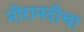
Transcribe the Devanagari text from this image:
नीरानदीचा